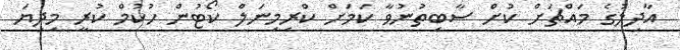
އާދިލުގެ މައްޗަށް ކުށް ސާބިތުނުވާ ކަމަށް ކްރިމިނަލް ކޯޓުން ހުކުމް ކުރީ މިދިޔަ